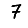
Digit: 7